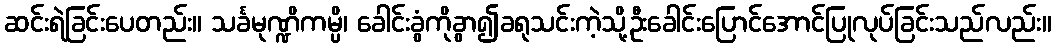
ဆင်းရဲခြင်းပေတည်း။ သင်္ခမုဏ္ဍိကမ္ပိ၊ ခေါင်းခွံကိုခွာ၍ခရုသင်းကဲ့သို့ဦးခေါင်းပြောင်အောင်ပြုလုပ်ခြင်းသည်လည်း။